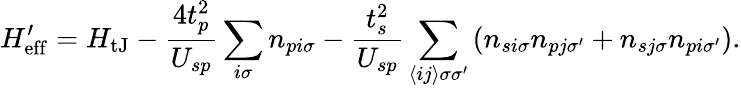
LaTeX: H_{\mathrm{eff}}^{\prime}=H_{\mathrm{tJ}}-\frac{4t_{p}^{2}}{U_{sp}}\sum_{i\sigma}n_{pi\sigma}-\frac{t_{s}^{2}}{U_{sp}}\sum_{\langle ij\rangle\sigma\sigma^{\prime}}\left(n_{si\sigma}n_{pj\sigma^{\prime}}+n_{sj\sigma}n_{pi\sigma^{\prime}}\right).